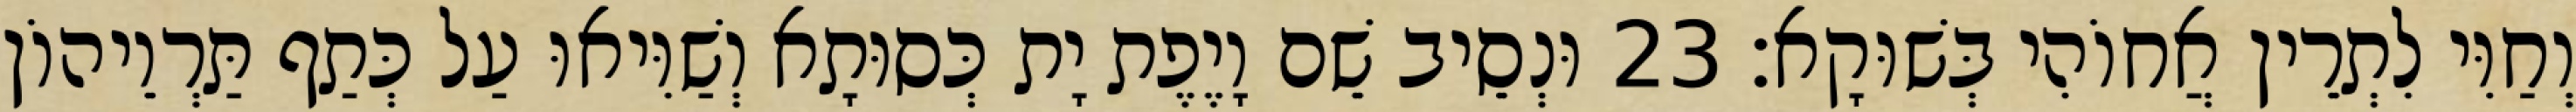
וְחַוִּי לִתְרֵין אֲחוֹהִי בְּשׁוּקָא׃ 23 וּנְסֵיב שֵׁם וָיֶפֶת יָת כְּסוּתָא וְשַׁוִּיאוּ עַל כְּתַף תַּרְוֵיהוֹן